Annual statistical returns and brief notes on vaccination in Bengal - 1896-1909
Year: 1896
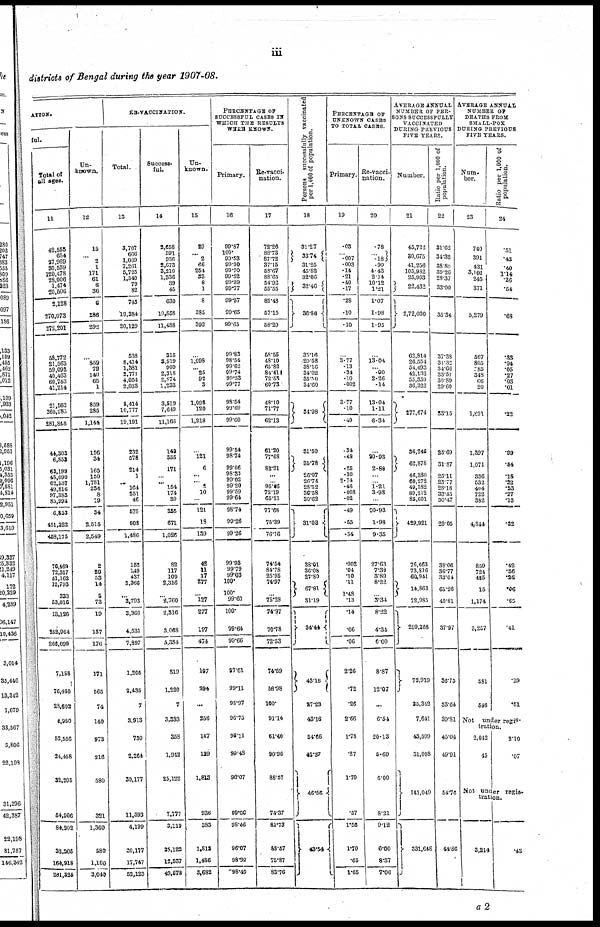
iii
districts of Bengal during the year 1907-08.
ATION.
ful.
Total of
all ages.
11
42,555
654
27,969
30,559
120,478
28,006
1,474
...
2,128
270,073
272,201
68,772
21,563
59,093
40,463
60,743
41,214
21,563
260,285
281,848
44,308
6,853
63,199
48,090
62,537
49,816
97,383
85,994
6,853
451,322
468,175
76,469
72,317
51,162
12,793
333
53,016
18,126
252,964
266,090
7,188
76,480
23,602
4,250
53,556
24,458
32,205
64,906
84,202
32,205
164,918
281,326
Un-
known.
12
15
...
2
1
171
61
6
36
6
286
292
...
859
79
140
65
1
859
285
1,144
156
34
165
160
1,781
236
8
19
34
2,615
2,549
2
29
53
14
5
73
19
157
176
171
565
74
140
973
216
580
321
1,360
580
1,100
3,040
Re-vaccination.
Total.
13
3,707
666
1,069
7,261
5,725
1,540
79
82
745
19,384
20,129
538
8,414
1,381
2,771
4,054
2,038
8,414
10,777
19,191
232
578
214
1
...
164
251
46
578
908
1,486
152
149
437
3,366
...
3,793
3,366
4,531
7,897
1,205
2,435
7
3,913
730
2,264
30,177
11,393
4,199
30,177
17,747
52,123
Success-
ful.
14
2,658
591
936
2,673
3,210
1,336
39
45
630
10,858
11,488
315
3,519
909
2,318
2,874
1,233
3,519
7,649
11,168
142
355
171
...
...
154
174
30
355
671
1,026
82
117
109
2,316
...
2,760
2,316
3,068
5,384
819
1,220
7
3,333
358
1,942
25,122
7,777
3,119
25,122
12,337
49,578
Un-
known.
15
29
...
2
66
254
33
8
1
8
385
393
...
1,098
...
25
92
3
1,098
120
1,218
...
121
6
...
... 2
10
...
121
18
139
42
11
17
277
...
127
277
197
474
107
294
...
256
147
129
1,813
936
383
1,813
1,486
3,682
PERCENTAGE OF
SUCCESSFUL CASES IN
WHICH THE RESULTS
WERE KNOWN.
Primary.
16
99.87
100.
99.53
99.30
99.70
99.52
99.39
99.77
99.57
99.65
99.65
99.83
98.54
99.62
99.74
99.53
99.77
98.54
99.69
99.60
99.54
98.74
99.06
98.33
99.02
99.20
99.59
99.64
98.74
99.26
99.26
99.93
99.79
99.03
100.
100.
99.60
100.
99.64
99.66
97.61
99.11
98.97
96.75
98.11
99.43
96.07
99.06
98.46
96.07
98.99
98.49
Re-vacci-
nation.
17
72.26
88.73
87.72
37.15
58.67
88.65
54.92
55.55
85.48
57.15
58.20
58.55
48.10
65.82
84.41
72.53
60.73
48.10
71.77
62.13
61.20
77.68
82.21
...
...
95.66
72.19
65.21
77.68
75.39
76.16
74.54
84.78
25.95
74.97
...
75.28
74.97
70.78
72.53
74.59
58.98
100.
91.14
61.40
90.96
88.57
74.37
81.73
88.57
75.87
83.76
Persons successfully vaccinated
per 1,000 of population.
18
31.27
33.74
31.25
45.82
82.06
32.46
36.86
35.16
29.58
38.16
34.02
35.50
34.60
34.98
31.50
35.78
26.07
26.74
28.52
36.58
30.62
31.03
38.01
36.08
27.80
67.81
31.19
34.44
43.18
27.23
43.16
54.66
42.37
46.56
43.54
PERCENTAGE OF
UNENOWN CASES
TO TOTAL CASES.
Primary
19
.03
...
.007
.003
.14
.21
.40
.17
.28
.10
.10
...
3.77
.13
.34
.10
.002
3.77
.10
.40
.34
.48
.25
.30
2.74
.46
.008
.02
.49
.55
.54
.002
.04
.10
.11
1.48
.13
.14
.06
.06
2.26
.72
.26
2.66
1.78
.37
1.70
.57
1.56
1.70
.65
1.05
Re-vacci
nation.
20
.78
... .18
.90
4.43
2.14
10.12
1.21
1.07
1.98
1.95
...
13.04
... .90
2.26
.14
13.04
1.11
6.34
...
20.93
2.80
...
...
1.21
3.98
...
20.93
1.98
9.35
27.63
7.33
3.89
8.22
...
3.34
8.22
4.34
6.00
8.87
12.07
...
6.54
20.13
5.69
6.00
8.21
9.12
6.00
8.87
7.06
AVERAGE ANNUAL
NUMBER OF PER-
SONS SUCCESSFULLY
VACCINATED
DURING PREVIOUS
five YEARS.
Number.
21
45,722
30,675
41,256
105,982
25,963
22,432
2,72,030
62,814
26,554
54,493
42,132
55,359
36,322
277,674
36,246
62,878
46,330
60,272
49,382
89,212
35,601
429,921
76,663
73,816
60,941
14,863
72,985
299,268
72,919
35,342
7,641
43,599
31,098
141,049
331,648
R atio per 1,000 of
population.
22
31.62
34.32
38.80
39.26
28.37
33.00
33.34
37.38
31.32
34.66
33.51
30.89
29.60
33.15
25.69
31.87
25.11
25.77
28.18
33.45
30.47
29.05
38.06
36.77
33.04
65.26
40.81
37.97
36.75
33.64
39.81
45.04
49.91
54.76
44.86
AVERAGE ANNUAL
NUMBER OF
DEATHS FROM
SMALL-POX
DURING PREVIOUS
FIVE YEARS.
Num-
ber.
23
740
391
431
3,101
245
371
5,279
567
805
585 348
66
20
1,891
1,397
1,071
336
532
404
722
382
4,844
859
724
485
15
1,174
3,257
581
546
R
atio per 1,000 of
population.
24
.51
.43
.40
1.14
.26
.54
.68
.38
.94
.05
.27
.03
.01
.22
.99
.54
.18
.22
.23
.27
.13
.32
.42
.36
.26
.06
.65
.4l
.29
.51
Not under regis-
-ration.
2,042
45
2.10
.07
Not under regis-
tration.
3,214
.43
a2